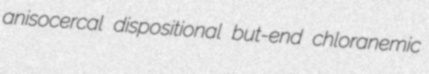
anisocercal dispositional but-end chloranemic